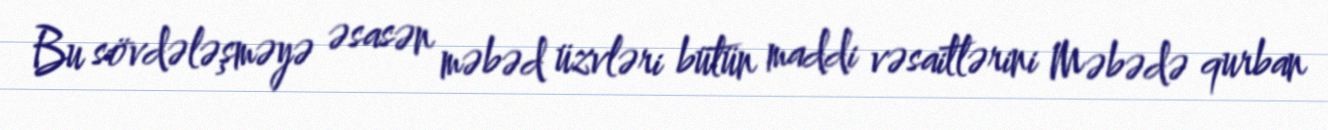
Bu sövdələşməyə əsasən məbəd üzvləri bütün maddi vəsaitlərini Məbədə qurban